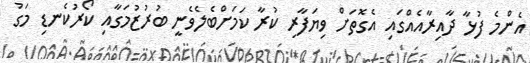
އެންމެ ފުޅާ ދާއިރާއެއްގައި އެގޮތަށް ވިޔަފާރި ކުރާ ކަމަށްބެލެވެނީ ބުރުޒުމަގާއި ކޯރުކެނޑި މަގު